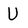
Character: U